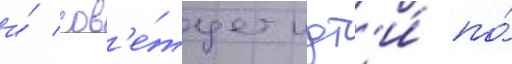
и́ сов'е́тует идт'и́ по́